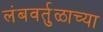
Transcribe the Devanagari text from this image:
लंबवर्तुळाच्या